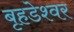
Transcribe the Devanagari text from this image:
बृहडेश्वर